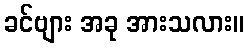
ခင်ဗျား အခု အားသလား။